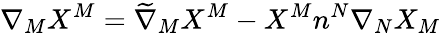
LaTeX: \nabla_{M}X^{M}=\widetilde{\nabla}_{M}X^{M}-X^{M}n^{N}\nabla_{N}X_{M}